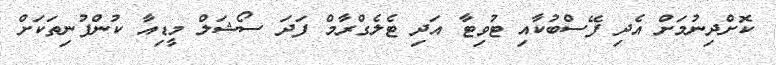
ކޮށްދިނުމަށް އެދި ފޭސްބުކާއި ޓުވިޓާ އަދި ޓެލެގްރާމް ފަދަ ސޯޝަލް މީޑިއާ ކުންފުނިތަކަށް